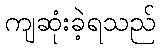
ကျဆုံးခဲ့ရသည်